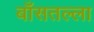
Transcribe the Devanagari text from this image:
बाँसतल्‍ला